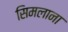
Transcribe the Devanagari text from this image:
सिमलाना